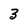
Character: 3